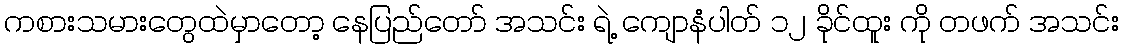
ကစားသမားတွေထဲမှာတော့ နေပြည်တော် အသင်း ရဲ့ ကျောနံပါတ် ၁၂ ခိုင်ထူး ကို တဖက် အသင်း